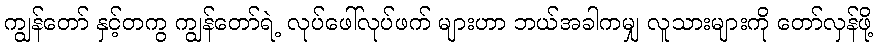
ကျွန်တော် နှင့်တကွ ကျွန်တော်ရဲ့ လုပ်ဖေါ်လုပ်ဖက် များဟာ ဘယ်အခါကမျှ လူသားများကို တော်လှန်ဖို့